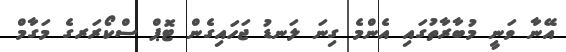
އޭނާ ވަނީ މުބާރާތުގައި އެންމެ ގިނަ ލަނޑު ޖަހައިގެން ޓޮޕް ސްކޯރަރގެ މަގާމް